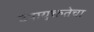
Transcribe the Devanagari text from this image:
उपायुक्ततेचा